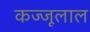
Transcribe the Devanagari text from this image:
कज्‍जूलाल